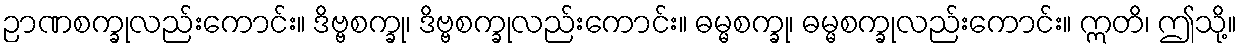
ဉာဏစက္ခုလည်းကောင်း။ ဒိဗ္ဗစက္ခု၊ ဒိဗ္ဗစက္ခုလည်းကောင်း။ ဓမ္မစက္ခု၊ ဓမ္မစက္ခုလည်းကောင်း။ ဣတိ၊ ဤသို့။